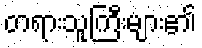
တရားသူကြီးများ၏